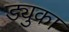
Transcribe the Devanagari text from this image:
ड्युका